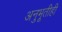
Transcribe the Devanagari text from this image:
अनुभूतीही